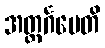
အတ္ထင်္ဂမေတိ